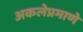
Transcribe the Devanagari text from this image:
अकलेप्रमाणे